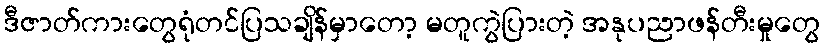
ဒီဇာတ်ကားတွေရုံတင်ပြသချိန်မှာတော့ မတူကွဲပြားတဲ့ အနုပညာဖန်တီးမှုတွေ